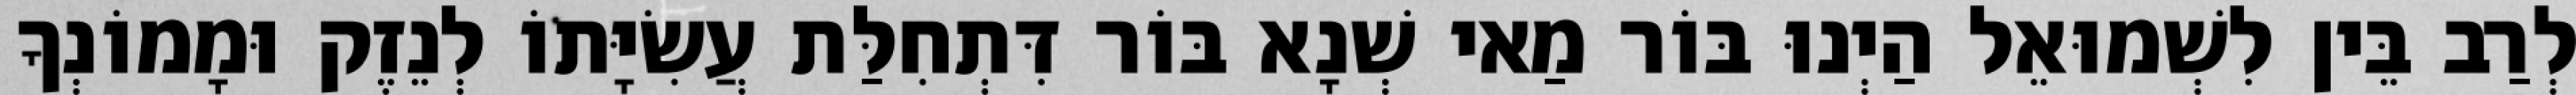
לְרַב בֵּין לִשְׁמוּאֵל הַיְנוּ בּוֹר מַאי שְׁנָא בּוֹר דִּתְחִלַּת עֲשִׂיָּתוֹ לְנֵזֶק וּמָמוֹנְךָ